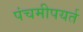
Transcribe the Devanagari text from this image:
पंचमीपयर्त